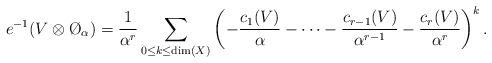
LaTeX: \begin{align*}e^{-1}(V\otimes\O_\alpha)=\frac{1}{\alpha^r}\sum_{0\leq k\leq \dim(X)}\left(-\frac{c_1(V)}{\alpha}-\cdots-\frac{c_{r-1}(V)}{\alpha^{r-1}}-\frac{c_r(V)}{\alpha^r}\right)^k.\end{align*}